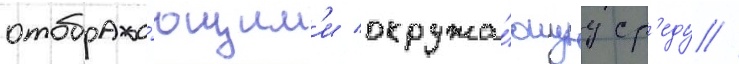
отобража́ющим'и окружа́ющуу ср'еду //